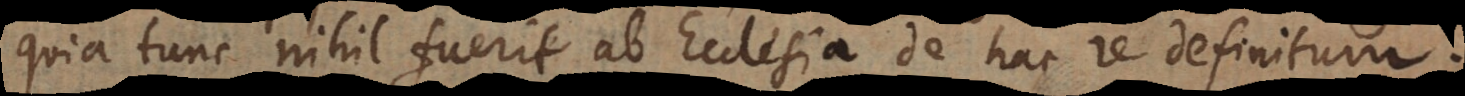
quia tunc nihil fuerit ab Ecclesia de hac re definitum.